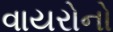
વાયરોનો